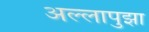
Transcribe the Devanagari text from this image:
अल्लापुझा